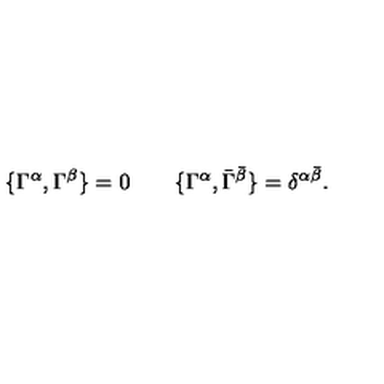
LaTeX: \{ \Gamma ^ { \alpha } , \Gamma ^ { \beta } \} = 0 \qquad \{ \Gamma ^ { \alpha } , \bar { \Gamma } ^ { \bar { \beta } } \} = \delta ^ { \alpha \bar { \beta } } .